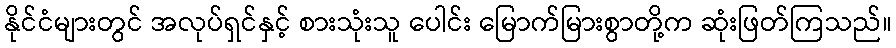
နိုင်ငံများတွင် အလုပ်ရှင်နှင့် စားသုံးသူ ပေါင်း မြောက်မြားစွာတို့က ဆုံးဖြတ်ကြသည်။